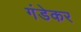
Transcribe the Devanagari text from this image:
गंडेकर